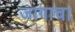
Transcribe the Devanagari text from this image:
जागाचा